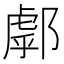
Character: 𨝘